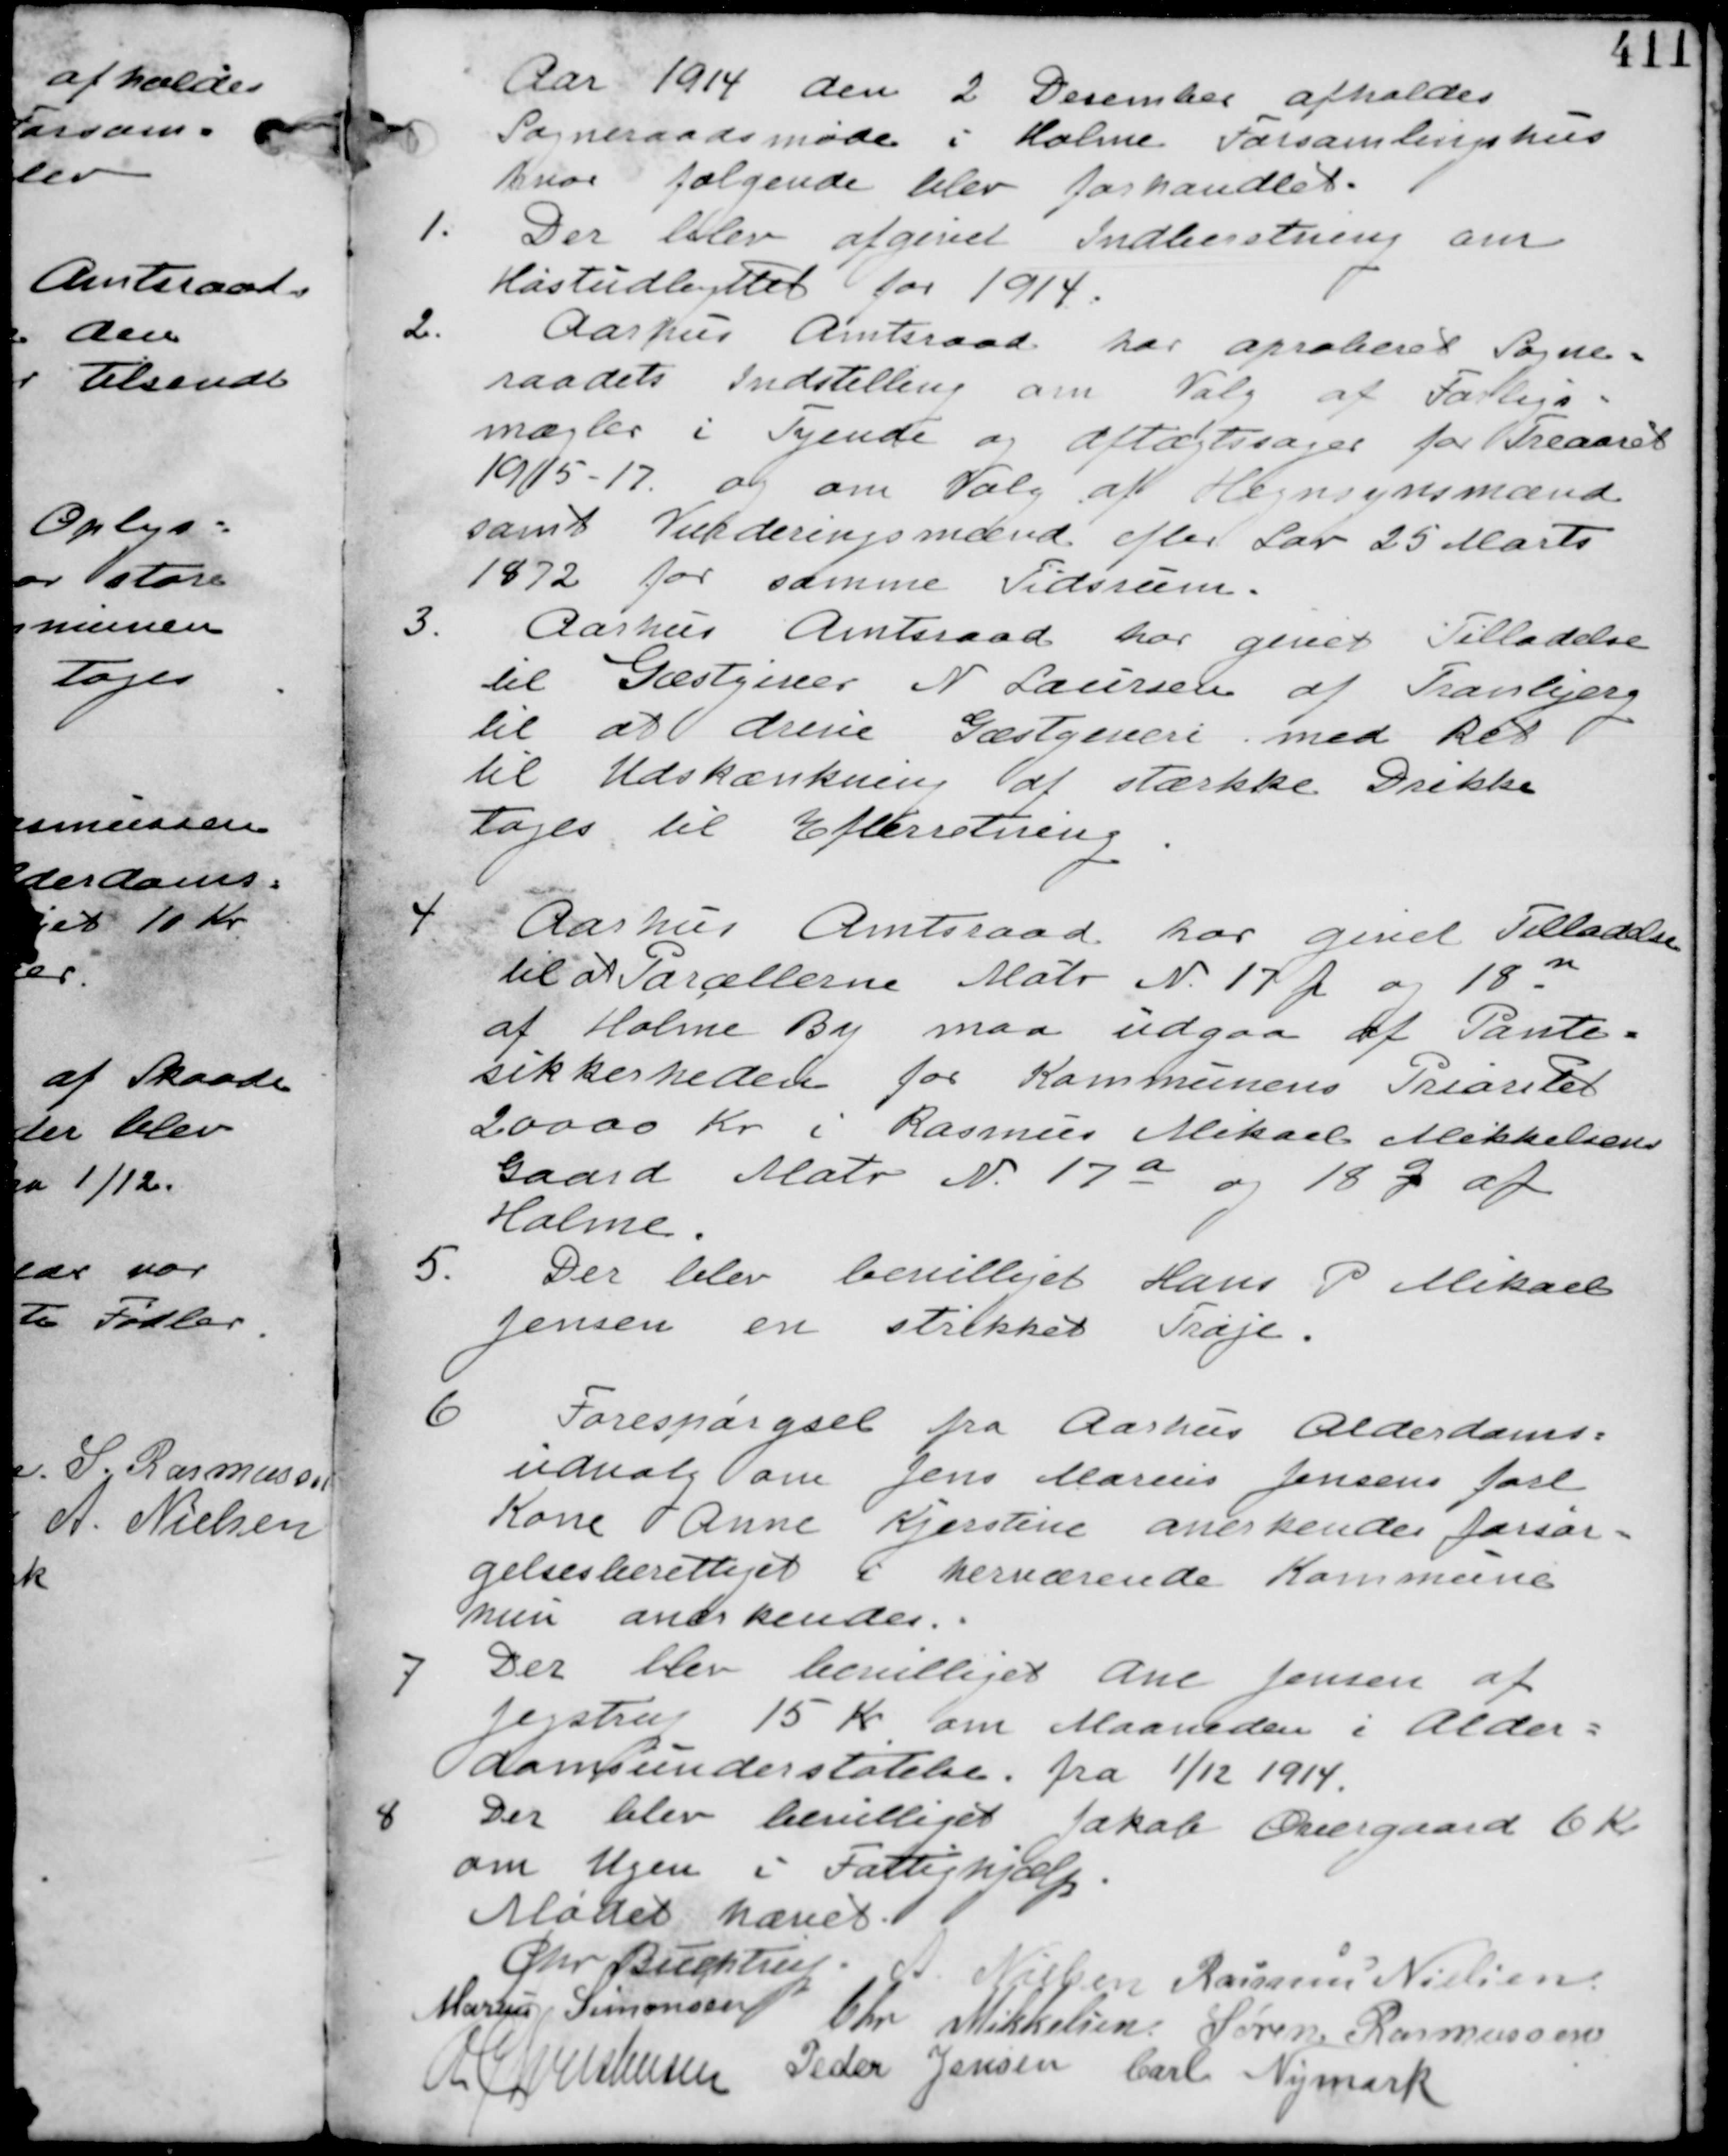
Transskription:
Aar 1914 de 2 December afholdes
Sogneraadsmøde i Holme Forsamlingshus
hvor følgende blev forhandlet.

1. Der blev afgivet Indberetning om
Høstudbyttet for 1914.

2.
Aarhus Amtsraad har aproberet Sogne-
raadets Indstilling om Valg af Forligs-
mægler i Tyende og Aftægtssager for Treaaret
1915-17. og om Valg af Hegnsynmænd
samt Vurderingsmænd efter Lov 25 Marts
1872 for samme Tidsrum

3.
Aarhus Amtsraad har givet Tilladelse
til Gæstgiver N Laursen af Tranbjerg
til at drive Gæstgiveri med Ret
til Udskænkning af stærke Drikke
tages til Efterretning.

4
Aarhus Amtsraad har givet Tilladelse
til at Parcellerne Matr N 17f og 18n
af Holme By maa udgaa af Pante-
sikkerheden for Kommunens Prioritet
20000 Kr i Rasmus Mikael Mikkelsens
Gaard Matr N 17a og 18g af
Holme

5
Der blev bevilliget Hans P Mikael
Jensen en strikket Trøje

6
Forespørgsel fra Aarhus Alderdoms-
udvalg om Jens Marius Jensens farl
Kone Anne Kjerstine anerkendes forsør-
gelsesberettiget i herværende Kommune
hun anerkendes

7
Der blev bevilliget Ane Jensen af
Jegstrup 15 Kr om Maaneden i Alder-
domsunderstøttelse. fra 1/12 1914.

8
Der blev bevilliget Jakob Overgaard 6 Kr
om Ugen i Fattighjælp.

Mødet hævet
Chr Buchtrup. A Nielsen Rasmus Nielsen
Marius Simonsen Chr Mikkelsen Søren Rasmussen
R Christensen Peder Jensen Carl Nymark